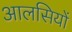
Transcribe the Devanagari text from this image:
आलसियों